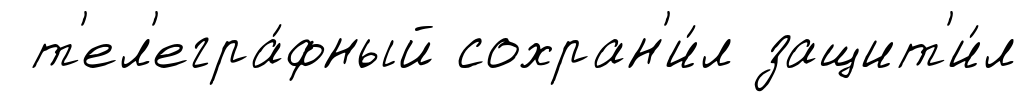
т'ел'егра́фный сохран'и́л защит'и́л